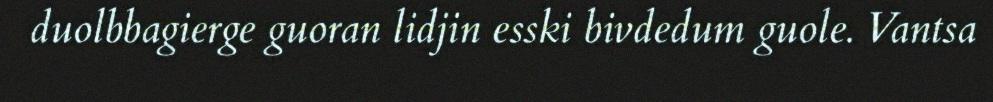
duolbbagierge guoran lidjin esski bivdedum guole. Vantsa